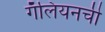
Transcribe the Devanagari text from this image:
गॅलियनची